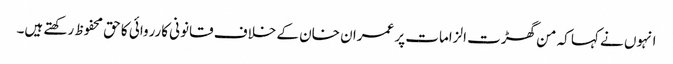
انہوں نے کہا کہ من گھڑت الزامات پر عمران خان کے خلاف قانونی کارروائی کا حق محفوظ رکھتے ہیں۔